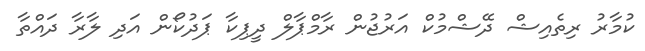
ކުމާރު ރިތެއިޝް ދޭޝްމުކް އަރުޖުން ރާމްޕާލް ދީޕިކާ ޕަދުކޯން އަދި ލާރާ ދައްތާ